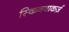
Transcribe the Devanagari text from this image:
स्किनवाकर्ज़